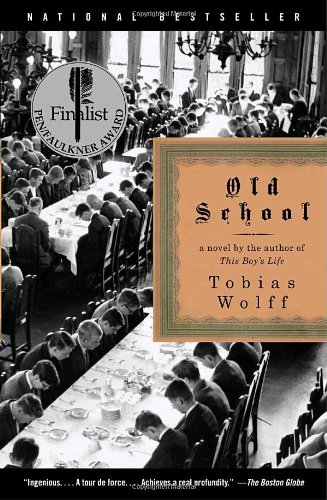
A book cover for Old School; Tobias Wolff; Literature & Fiction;